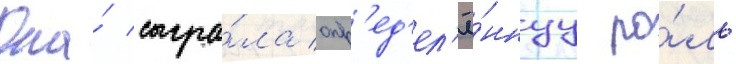
Она́ сыгра́ла опр'ед'ел'ё́ннуу ро́ль